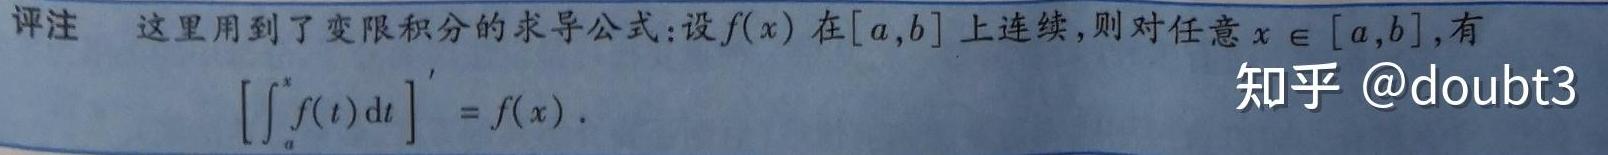
评注 这里用到了变限积分的求导公式:设$f(x)$在$[a,b]$上连续,则对任意$x\in[a,b]$,有
\[\left[\int_{a}^{x}f(t)\mathrm{d}t\right]' = f(x).\]